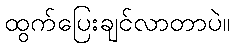
ထွက်ပြေးချင်လာတာပဲ။